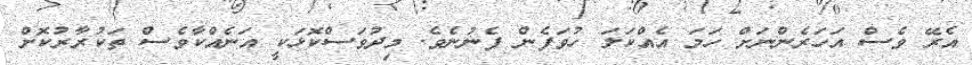
އެރޭ ވެސް އަހަރެންނަށް ހަމަ އެއްކަލަ ހުވަފެން ފެނުނެވެ. މިދުވަސްކޮޅަކީ އަނެއްކާވެސް ތަކުރާރުކޮށް